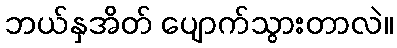
ဘယ်နှအိတ် ပျောက်သွားတာလဲ။